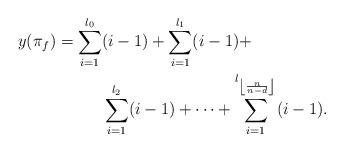
LaTeX: \begin{align*} y_{}(\pi_f)= \sum_{i=1}^{l_0}&(i-1)+\sum_{i=1}^{l_1}(i-1)+ \\& \sum_{i=1}^{l_2}(i-1) + \dots + \sum_{i=1}^{l_{\left\lfloor\frac{n}{n-d}\right\rfloor}}(i-1).\end{align*}